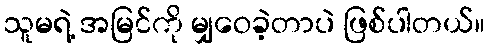
သူမရဲ့ အမြင်ကို မျှဝေခဲ့တာပဲ ဖြစ်ပါတယ်။